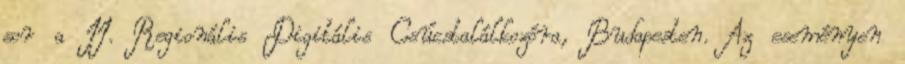
sor a II. Regionális Digitális Csúcstalálkozóra, Budapesten. Az eseményen